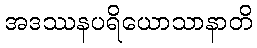
အဒဿနပရိယောသာနာတိ